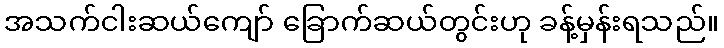
အသက်ငါးဆယ်ကျော် ခြောက်ဆယ်တွင်းဟု ခန့်မှန်းရသည်။